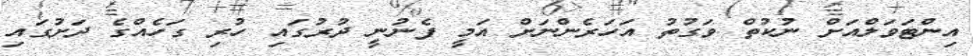
އިންޓަވަލްއަށް ނުކުތް ވަގުތު އަހަރެންނަށް އަމީ ފެނުނީ ދުރުގައި ހުރި ގަހެއްގެ ދަށުގައި